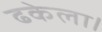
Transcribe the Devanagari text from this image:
ढकेला।